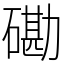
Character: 磡